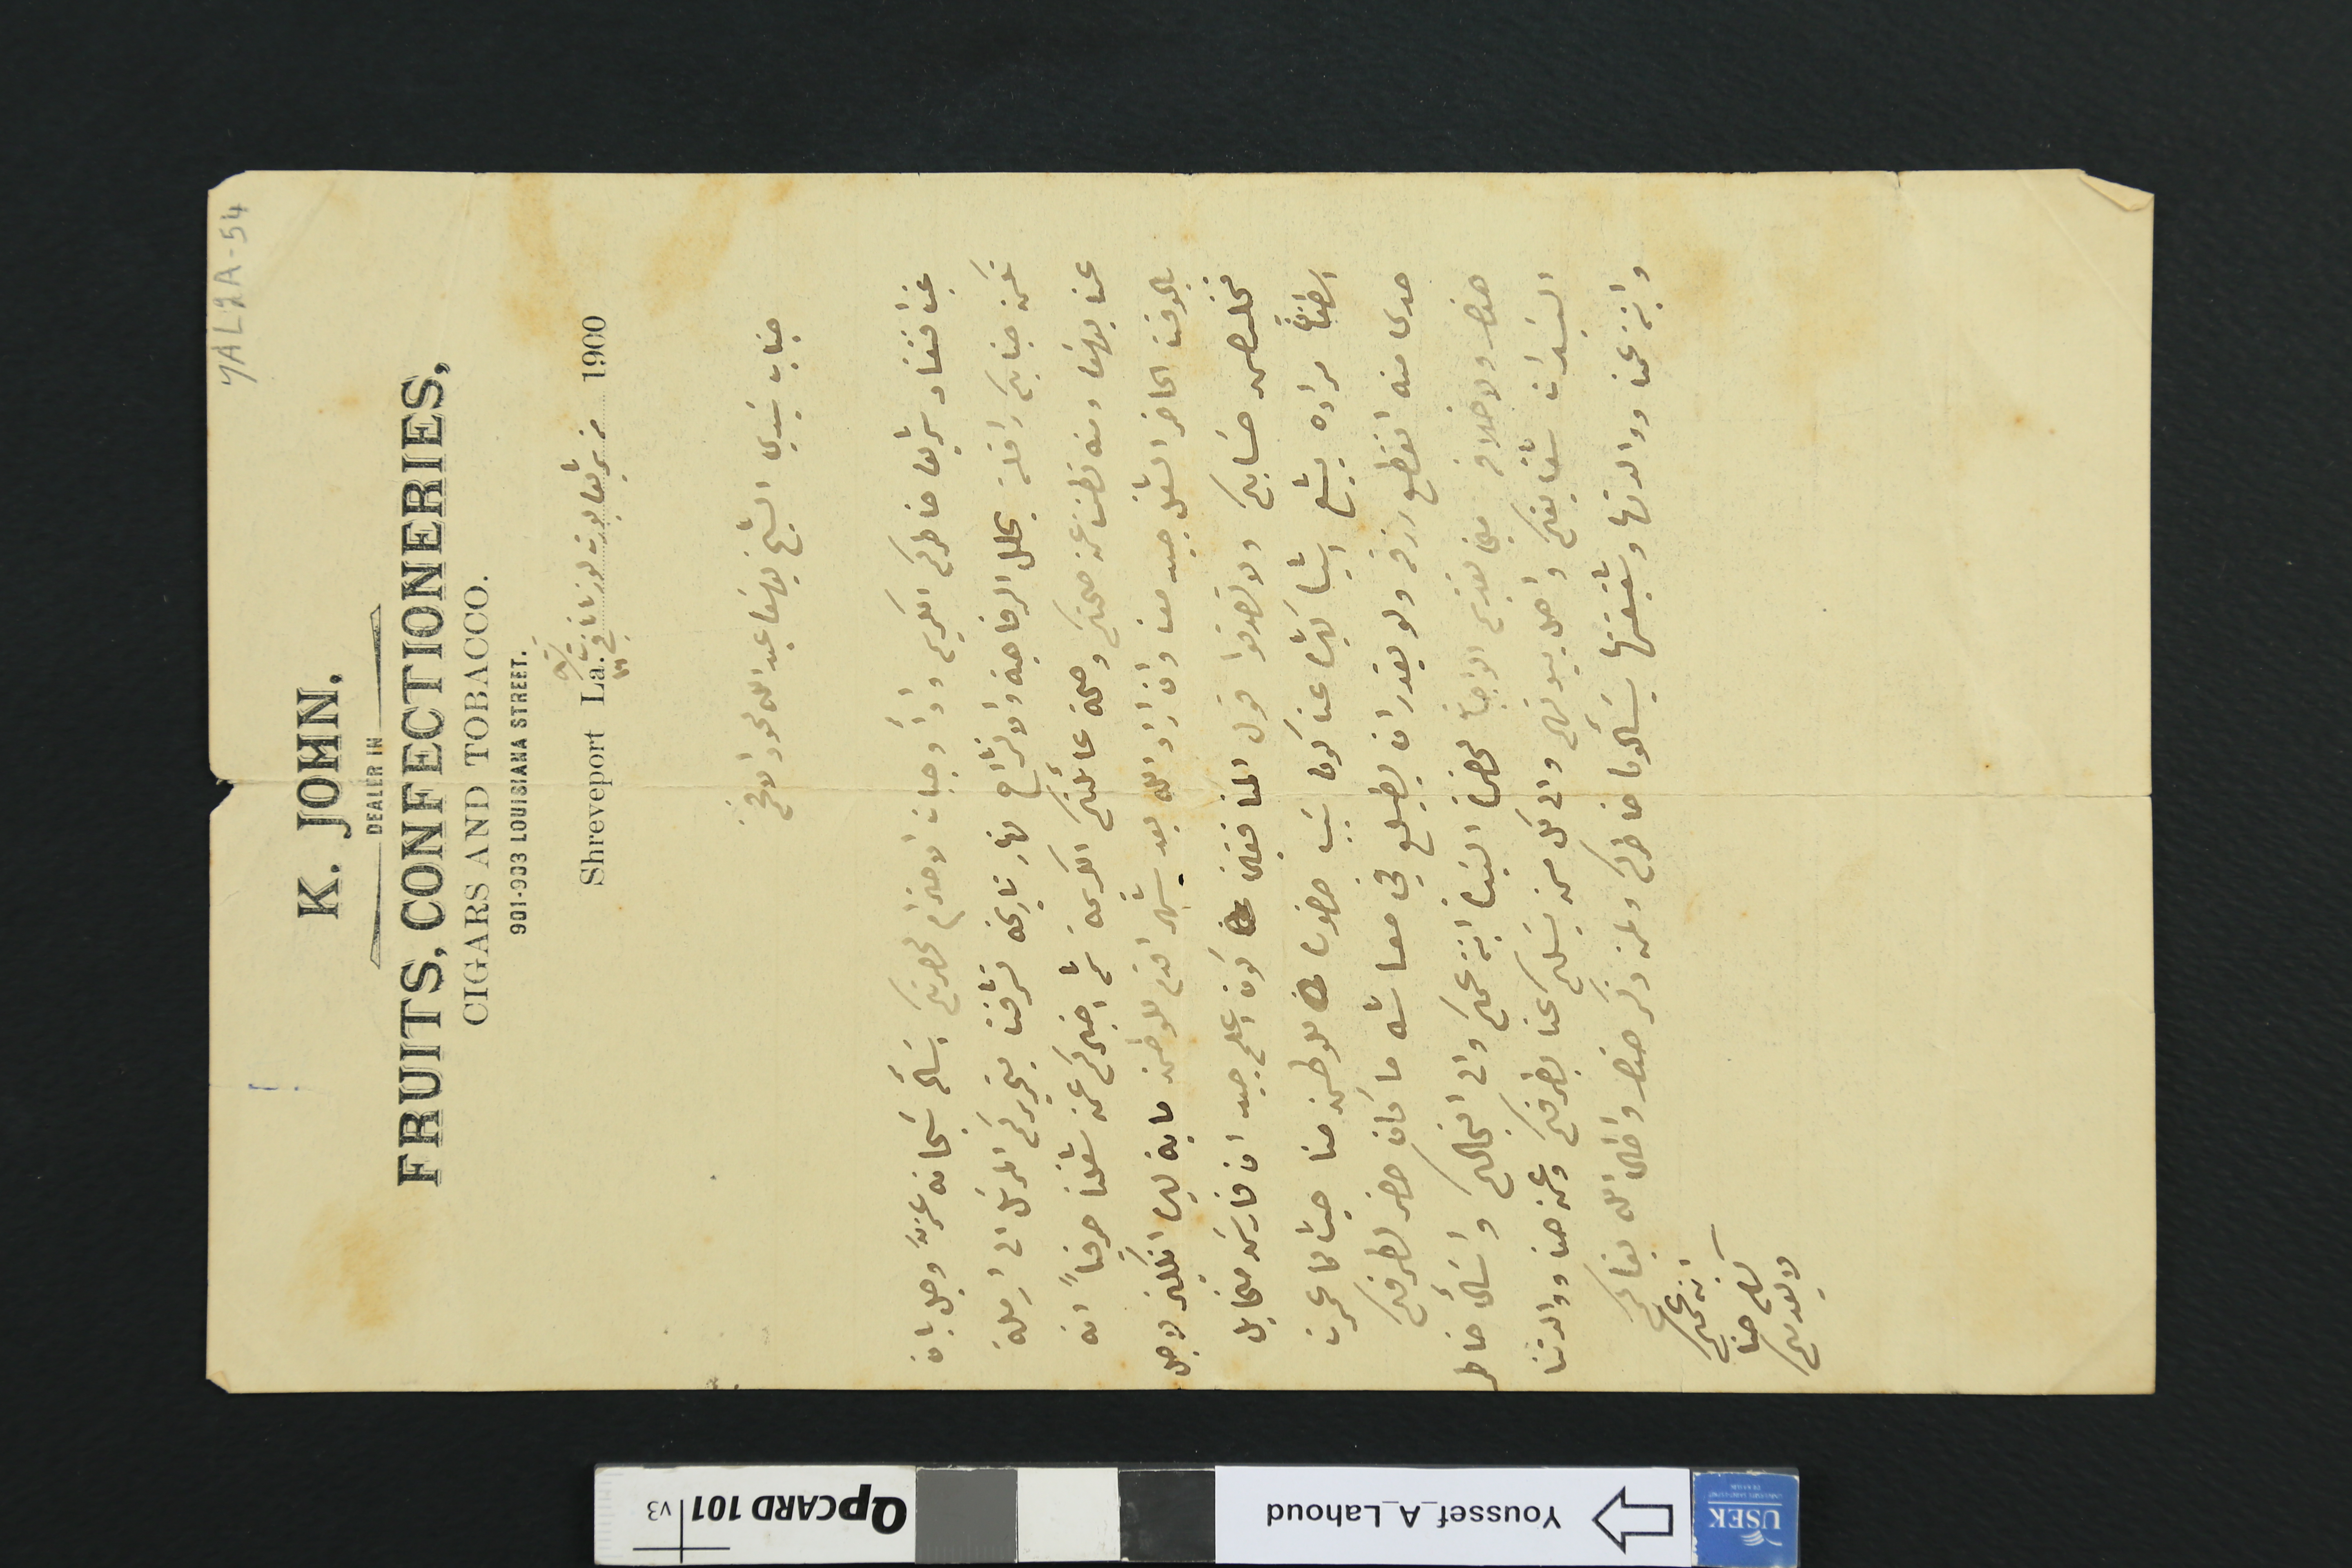
YAL2A-54
K.JOHN
DEALER IN
FRUITS, CONFECTIONERIES,
CIGARS AND TOBACCO.
  901903 LOUISIANA STREET
                         من شريفابورت لوزيانا فى ١٦ ت٢ /١٩٠٠
جناب سَيدي الشيخ يوسَف عبدااله لحود الافخم
غب افتقاد شريف خاطركم الكريم وادآ واجبات الاحترام لحضرتكم اسَالَه سَبخانه عزَّ وجل بان
تكن جنابكم رافلة بحلل الرفاهية والانشراح نهار تاريخه تشرفنا بتحريركم المرسَل الى ارملة
عمنا يوسَف ومنه نطمن عن صحتكم وصحة عائلتكم الكريمة ثم اخبركم عن شغلنا حرفياً انه
بالوقت الحاضر الشغل جيد معنا وان اراد الله بعد شهر اقدم للوطن ماية ليره انكليز لاجل
نخلص حسَابكم ولا تصدقوا قول المنافقين كون اعلم جيد ان فارسَ مخايل
اسطفان مراده يشيع اشيا كثيره عنا كون سَبب حضوره للوطن منا حيث لما عمرن
حدى منه انقطع رزقه ولو يقدر ان يطيلع في معاشه ما كان حضر لطرفكم
هذه ولا خلاف مني تقديم الواجبات لحضرة السَيدة ابنة عمكم والى انجالكم واسَأل خاطر
السَيدات شقايقكم واهل بيوتهم والى كل من يسَلكم عنا بطرفكم وعن هنا ووالدتنا
وابنة عمنا ووالدتها وشقيقتها يسَألون خاطركم وعن ذكر هذه واطال الله بقاكم
ابن عمكم
 حنا
لا يعدمكم
Shreveport La.
1900